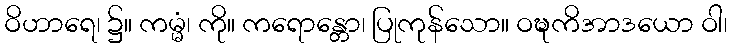
ဝိဟာရေ၊ ၌။ ကမ္မံ၊ ကို။ ကရောန္တော၊ ပြုကုန်သော။ ဝဍ္ဎကိအာဒယော ဝါ၊